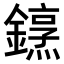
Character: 𨬤